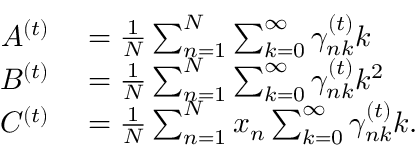
\begin{array} { r l } { A ^ { ( t ) } } & { { } = \frac { 1 } { N } \sum _ { n = 1 } ^ { N } \sum _ { k = 0 } ^ { \infty } \gamma _ { n k } ^ { ( t ) } k } \\ { B ^ { ( t ) } } & { { } = \frac { 1 } { N } \sum _ { n = 1 } ^ { N } \sum _ { k = 0 } ^ { \infty } \gamma _ { n k } ^ { ( t ) } k ^ { 2 } } \\ { C ^ { ( t ) } } & { { } = \frac { 1 } { N } \sum _ { n = 1 } ^ { N } x _ { n } \sum _ { k = 0 } ^ { \infty } \gamma _ { n k } ^ { ( t ) } k . } \end{array}